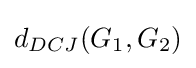
d_{DCJ}(G_{1},G_{2})